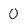
Character: O